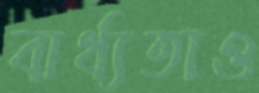
বার্থ্যতাও